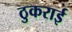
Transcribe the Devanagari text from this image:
ठुकराई